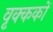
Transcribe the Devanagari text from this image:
वृक्ककों